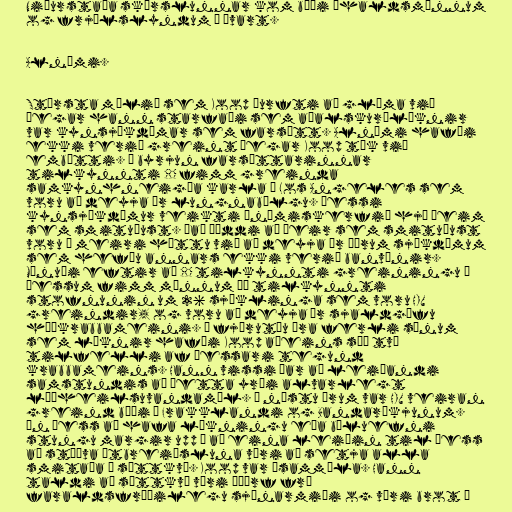
Niðurstaða skýrslunnar kom bæði íhaldsmönnum
og frjálslyndum á óvart.

Alnæmi.

Stærsta málið sem Koop þurfti að glíma við
þegar hann starfaði sem aðalskurðlæknir
var kynsjúkdómar sem farsótt. Alnæmi hafði
ekki verið greint þegar Koop tók við
embætti. Í byrjun farsóttarinnar
tilkynnti CDC fimm greinda
samkynhneigða karla í Los Angeles sem
voru að deyja úr lungnabólgu. Þessi
kynsjúkdómur veikti ónæmiskerfið hjá þeim
sem smituðust. Það þýddi að þeir sem smituðust
voru í meiri hættu við að deyja úr öðrum sjúkdómum
sem hefðu annars ekki verið banvænir.
Mánuði eftir að CDC tilkynnti greiningu á
þessum fimm mönnum þá tilkynnti
stofnunin um 26 sjúklinga sem voru HIV
greindir, og voru að deyja úr sjaldgæfu
húðkrabbameini. Á fjörutíu ára ferli sínum
sem læknir hafði Koop aðeins séð tvö
tilfelli af þessari tegund
krabbameins. Hann vissi þar að leiðandi
samstundis að þetta yrði alvarlegt
lýðheilsuvandamál. Á næstu árum var HIV veiran
greind bæði í Frakklandi og Bandaríkjunum.
Án þess að hafa lækningu eða bóluefni
stungu margir upp á að eina leiðin til þess
að stöðva útbreiðsluna væri að setja alla
smitaða í sóttkví. Koop var ósammála. Hann
taldi að sóttkví væri óþörf frá
faraldsfræðilegu sjónarmiði og væri brot á